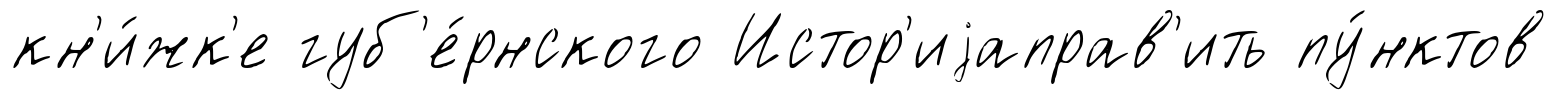
кн'и́жк'е губ'е́рнского Истор'иjаправ'ить пу́нктов